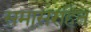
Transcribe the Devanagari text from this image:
समासरहित